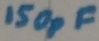
Text: 150pF